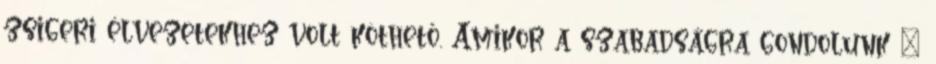
zsigeri élvezetekhez volt köthető. Amikor a szabadságra gondolunk –